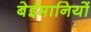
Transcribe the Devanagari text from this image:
बेईमानियों